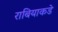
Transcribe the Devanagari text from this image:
राबियाकडे